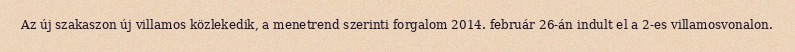
Az új szakaszon új villamos közlekedik, a menetrend szerinti forgalom 2014. február 26-án indult el a 2-es villamosvonalon.